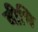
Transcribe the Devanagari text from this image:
वीधि